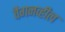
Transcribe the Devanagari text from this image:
वैगनव्हील